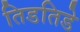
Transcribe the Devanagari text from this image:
तिडतिडे